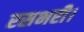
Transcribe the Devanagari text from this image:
रसभरी।